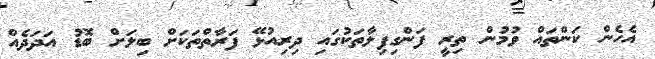
އެހެން ކަންތައް ވުމުން ތިރީ ފަންގިފިލާތަކުގައި ދިރިއުޅޭ ފަރާތްތަކަށް ބިލަށް ބޮޑު އަދަދެއް